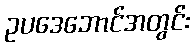
ဥပဒေဘောင်အတွင်း